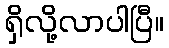
ရှိလို့လာပါပြီ။